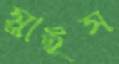
স্লাইস